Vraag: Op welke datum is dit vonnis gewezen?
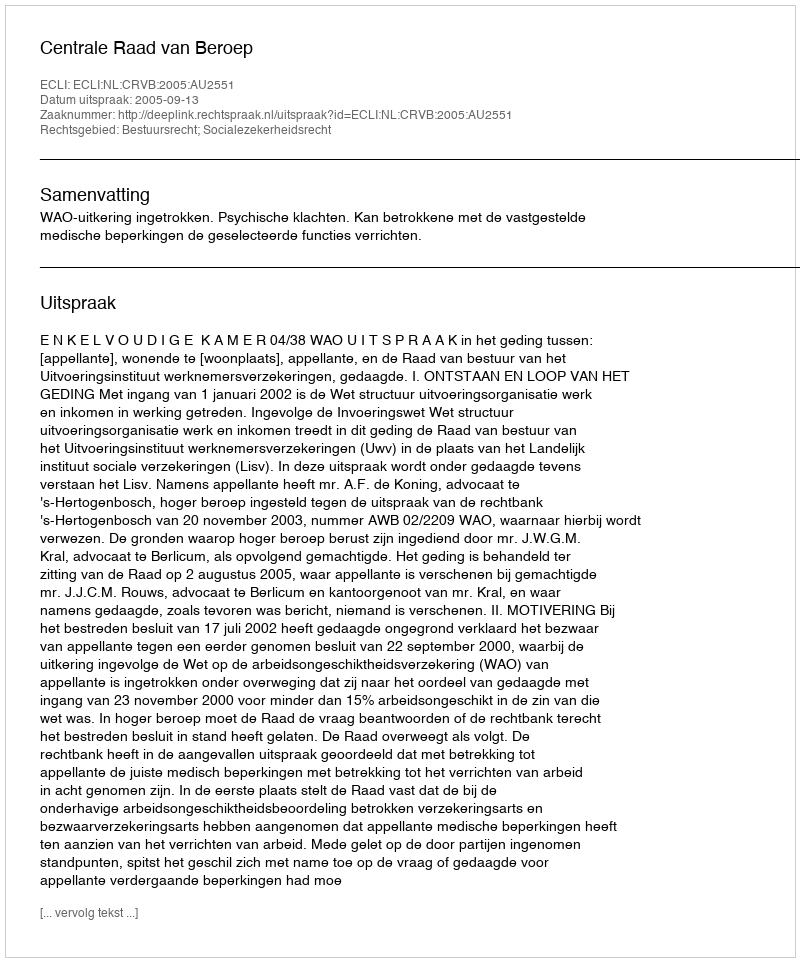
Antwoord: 2005-09-13